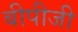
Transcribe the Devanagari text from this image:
बीपीजी